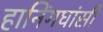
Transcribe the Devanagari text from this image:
हानिंगघांसी